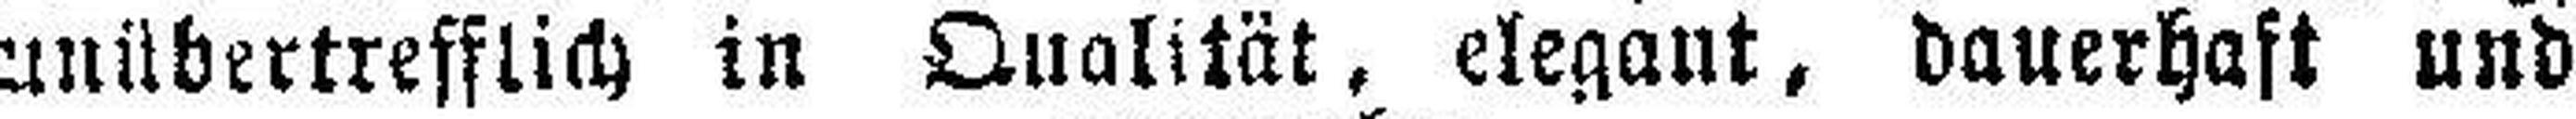
unübertrefflich in Qualität, elegant, dauerhaft und